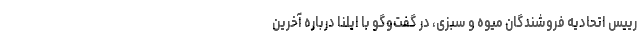
رییس اتحادیه فروشندگان میوه و سبزی، در گفت‌وگو با ایلنا درباره آخرین